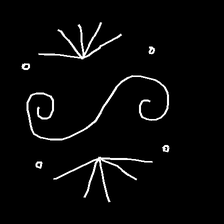
Glyph: aeroform